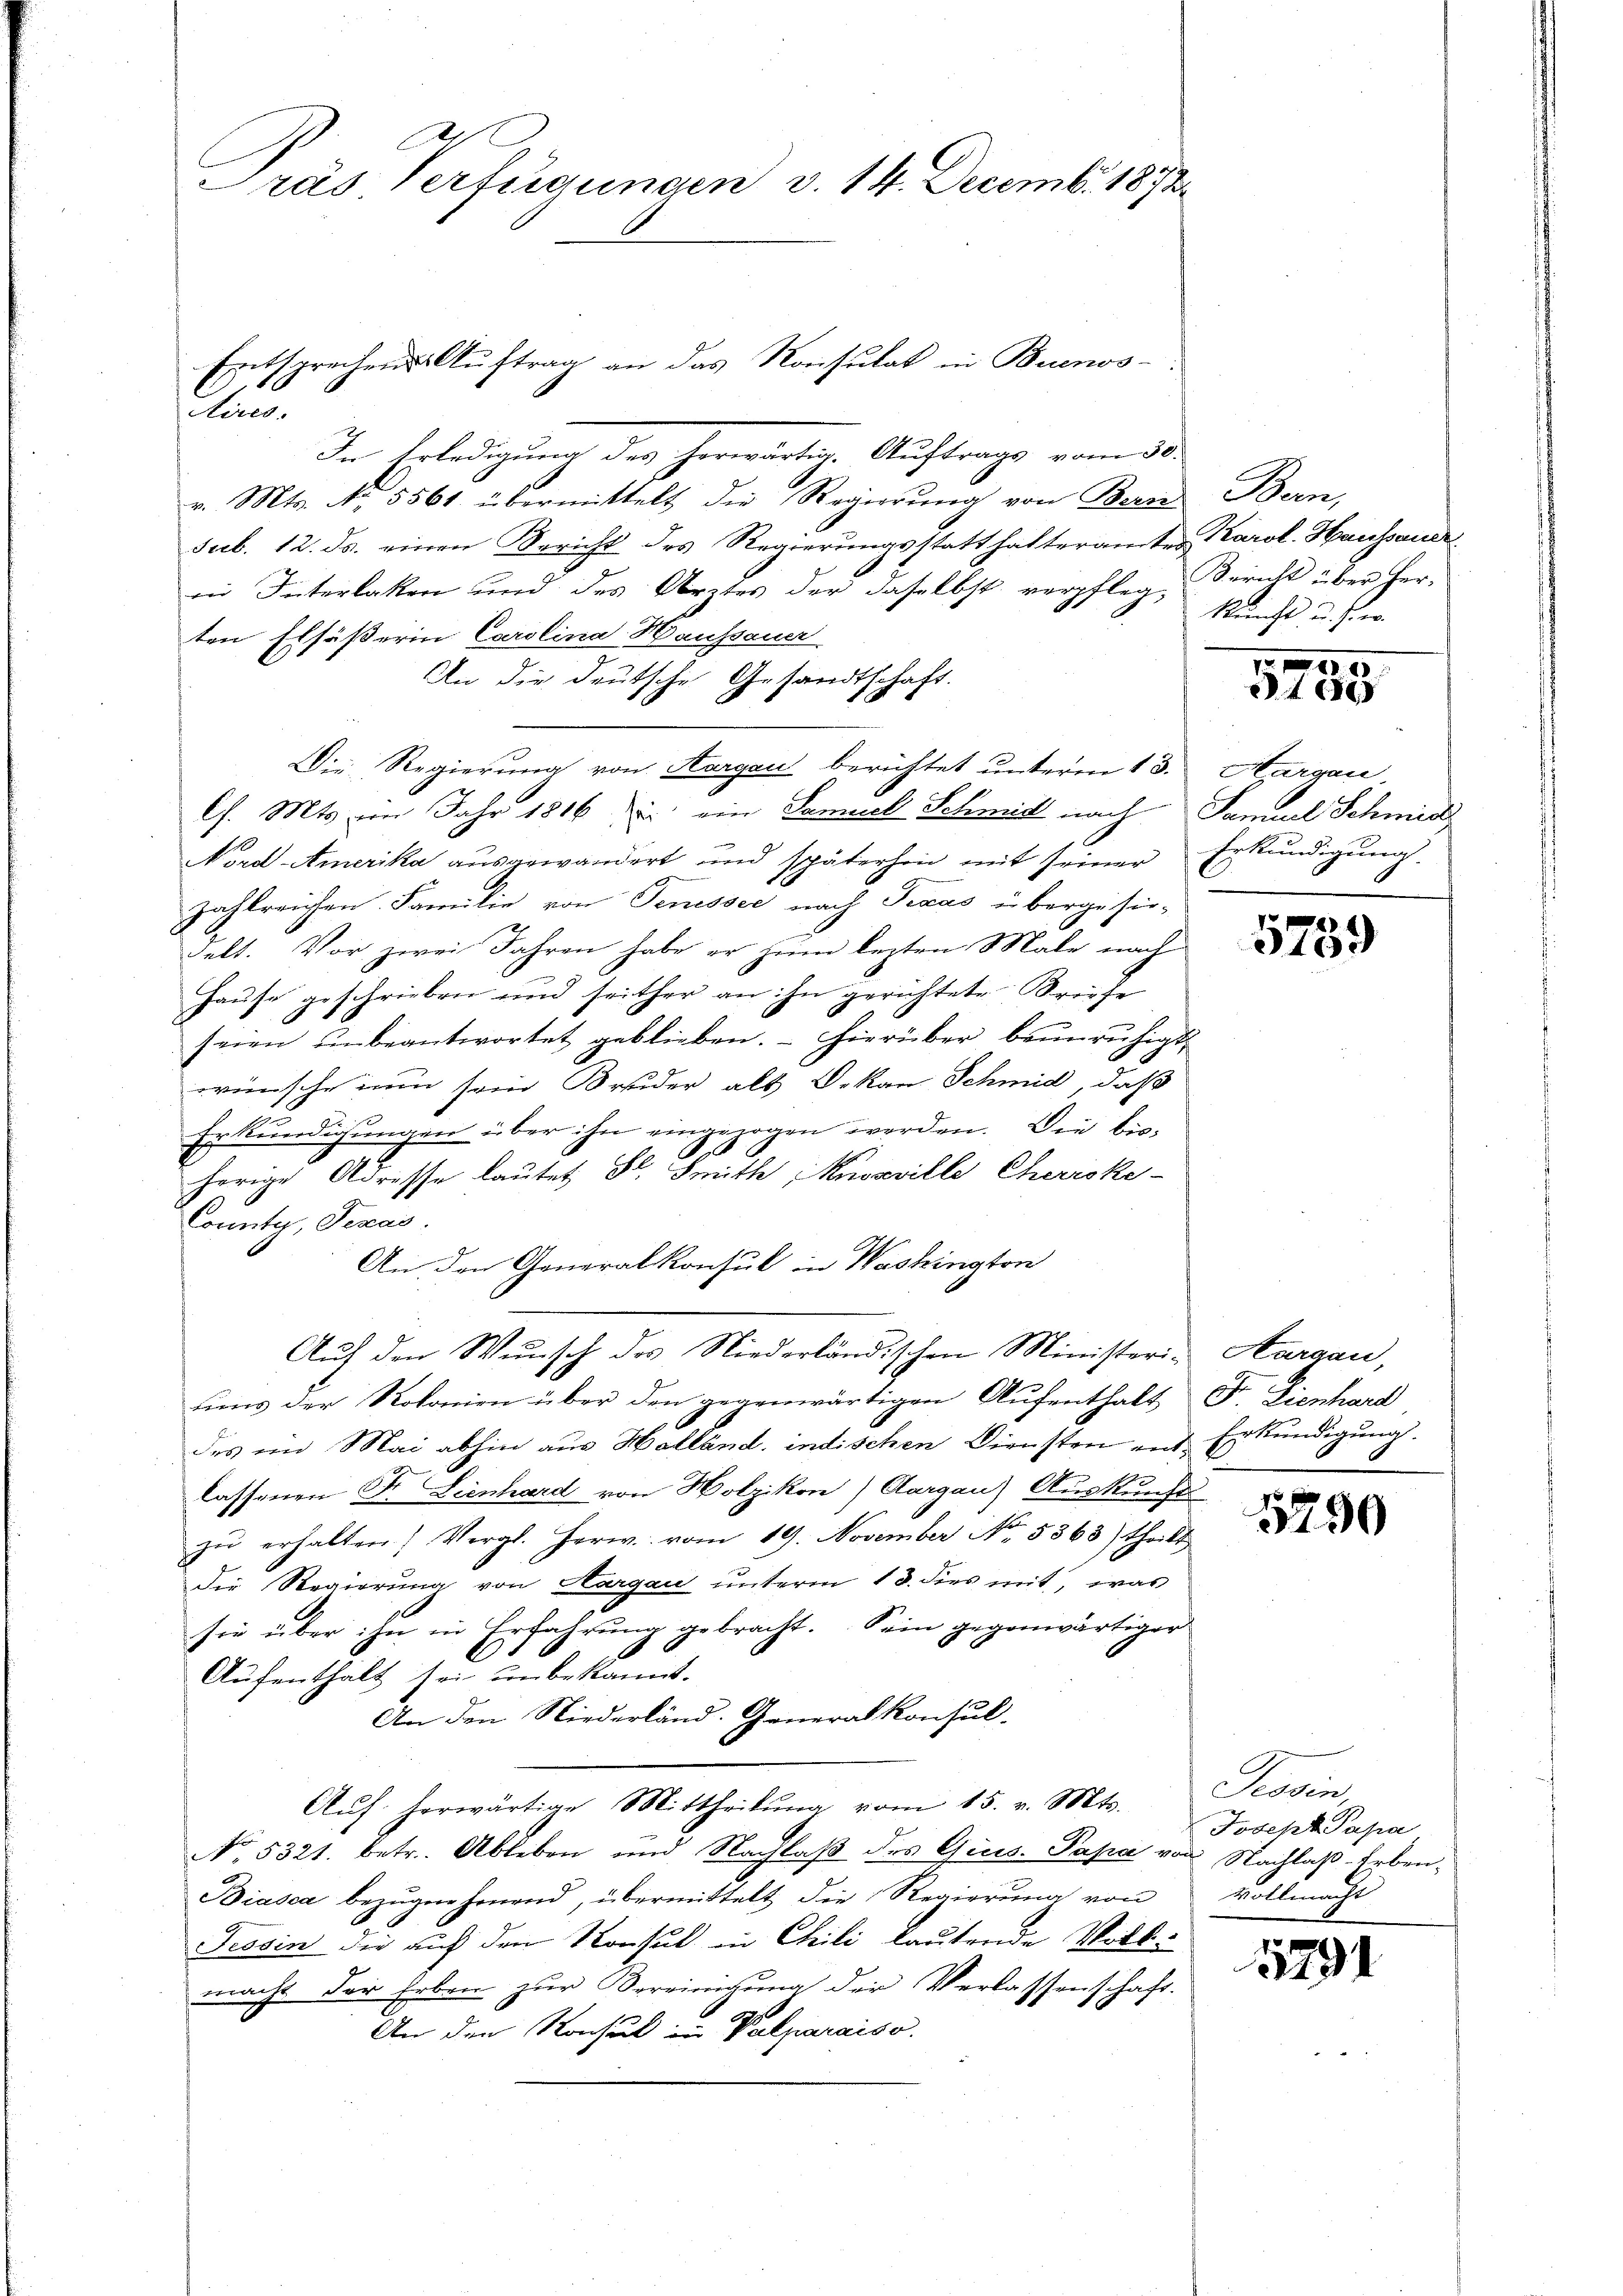
rás Verfügungen v. 14. Decembr. 1873

Entsprechens Auftrag an das Konsulat in Buenos-
iteres.

In Erledigung des herwärtig. Auftrags vom 30.
v. Mts. No. 5561 übermittelt die Regierung von Bern Bern,
sub. 12. ds. einen Bericht des Regierungsstatthalteramten Karol. Haussauer
in Interlaken und des Arztes der daselbst verpfleg-Bericht über herten Ersäßerin Carolina Haussauer
An die deutsche Gesandtschaft.
Die Regierung von Aargau berichtet unterm 13. Margau,
l. Mts. im Jahr 1816 u. ein Samuel Schmid nach Samuel Schmid,
Nord-Amerika ausgewandert und späterhin mit seiner Erkundigung.
zahlreichen Familie von Semesser nach Texas übergesie-
Felt. Vor zwei Jahren habe er zum lezten Male nach
Haŭse geschrieben und seither an ihn gerichtete Briefe
seien ŭnbeantwortet geblieben. Hierüber beunruhigt
wünsche nun sein Bruder als Dekan Schmid, daß
Erkŭndigŭngen über ihn eingezogen werden. Die bisherige Adresse lautet S. Smith (Kuveville Cherroke-
County, Texas
An den Generalkonsul in Washington
Auf den Wunsch des Niederländischen Ministeri, Aargau,
Liens der Rokonien über den gegenwärtigen Aufenthalt Fr. Lienhard
des ein Mai abhin aus Holländ, indischen Diensten entlassenen Dr. Lienhard von Holzikon) Aargau) Auskunft
zŭ erhalten, Vergl. Herw. vom 19. November No. 5363) theilt
Die Regierung von Aargau unterm 13. dies mit, was
sie über ihn in Erfahrung gebracht. Sein gegenwärtiger
6
E
Aufenthält sei unbekannt.
An den Niederländ. Generalkonsul-
Aŭf herwärtige Mittheilŭng vom 15. v. Mts.
No. 5321. betr. Ableben und Nachlaß des Quis. Papa von Nachlaß-Erben¬
Biasca bezugne jenend, übermittelt die Regierung von
Tessin die auf den Konsul in Chili lautende Vollmacht der Erben zur Bereinigung der Verlassenschaft.
An den Konsul in Valparaiso

Künche u. her

460

5759

Erkundigung.

1790

Tessin,
Joseph Papa
Vollmacht

1291